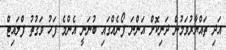
އަދި ތައްޔާރުވަމުން ދަނިކޮށް އަންނަ ފޯނެއްގައި ބުނަނީ އެންމެ ފަހު ވަގުތު ފްލައިޓް